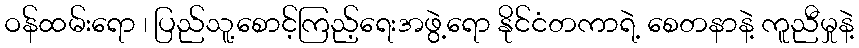
ဝန်ထမ်းရော ၊ ပြည်သူ့စောင့်ကြည့်ရေးအဖွဲ့ရော နိုင်ငံတကာရဲ့ စေတနာနဲ့ ကူညီမှုနဲ့